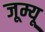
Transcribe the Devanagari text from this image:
जूम्यू